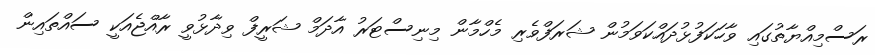
ރަސްމިއްޔާތުގައި ވާހަކަފުޅުދައްކަވަމުން ޝަރަފްވެރި މެހްމާން މިނިސްޓަރު އާދަމް ޝަރީފް ވިދާޅުވީ ރާއްޖެއަކީ ސައްތައިން